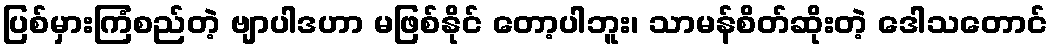
ပြစ်မှားကြံစည်တဲ့ ဗျာပါဒဟာ မဖြစ်နိုင် တော့ပါဘူး၊ သာမန်စိတ်ဆိုးတဲ့ ဒေါသတောင်